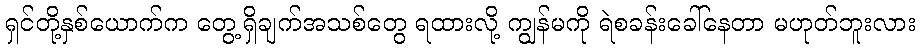
ရှင်တို့နှစ်ယောက်က တွေ့ရှိချက်အသစ်တွေ ရထားလို့ ကျွန်မကို ရဲစခန်းခေါ်နေတာ မဟုတ်ဘူးလား